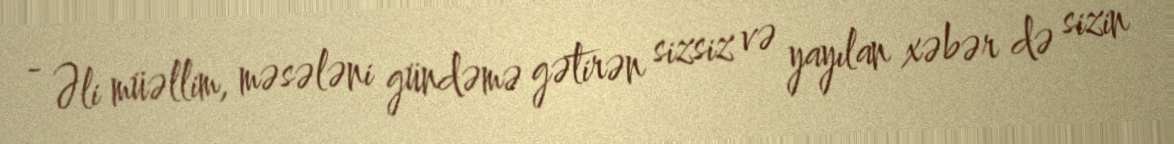
- Əli müəllim, məsələni gündəmə gətirən sizsiz və yayılan xəbər də sizin